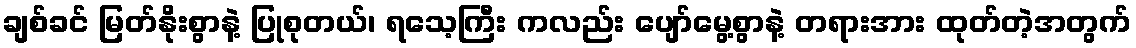
ချစ်ခင် မြတ်နိုးစွာနဲ့ ပြုစုတယ်၊ ရသေ့ကြီး ကလည်း ပျော်မွေ့စွာနဲ့ တရားအား ထုတ်တဲ့အတွက်